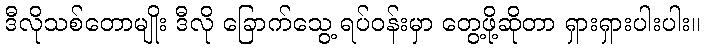
ဒီလိုသစ်တောမျိုး ဒီလို ခြောက်သွေ့ ရပ်ဝန်းမှာ တွေ့ဖို့ဆိုတာ ရှားရှားပါးပါး။